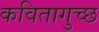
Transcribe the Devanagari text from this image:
कवितागुच्छ